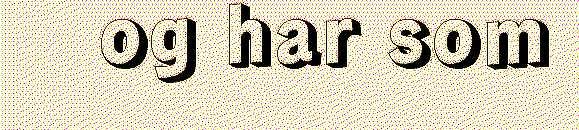
og har som